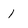
Character: 1